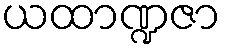
ယထာဏ္ဍဇာ